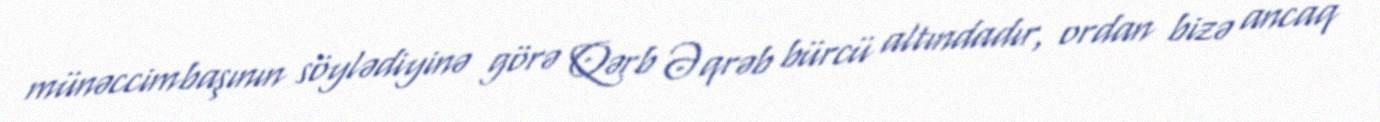
münəccimbaşının söylədiyinə görə Qərb Əqrəb bürcü altındadır, ordan bizə ancaq